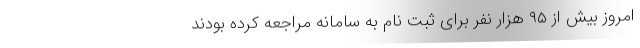
امروز بیش از ۹۵ هزار نفر برای ثبت نام به سامانه مراجعه کرده بودند